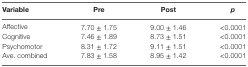
| Variable | Pre | Post | p |
 | --- | --- | --- | --- |
 | Affective | 7.70 ± 1.75 | 9.00 ± 1.46 | <0.0001 |
 | Cognitive | 7.46 ± 1.89 | 8.73 ± 1.51 | <0.0001 |
 | Psychomotor | 8.31 ± 1.72 | 9.11 ± 1.51 | <0.0001 |
 | Ave. combined | 7.83 ± 1.58 | 8.95 ± 1.42 | <0.0001 |